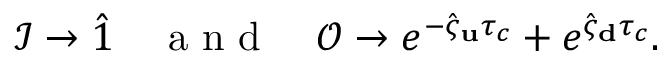
\mathcal { I } \to \hat { 1 } \quad \mathrm { ~ a ~ n ~ d ~ } \quad \mathcal { O } \to e ^ { - \hat { \varsigma } _ { \bf u } \tau _ { c } } + e ^ { \hat { \varsigma } _ { \bf d } \tau _ { c } } .